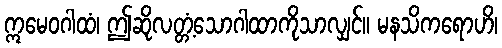
ဣမေဝဂါထံ၊ ဤဆိုလတ္တံ့သောဂါထာကိုသာလျှင်။ မနသိကရောဟိ၊